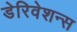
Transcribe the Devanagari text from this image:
डेरिवेशन्स